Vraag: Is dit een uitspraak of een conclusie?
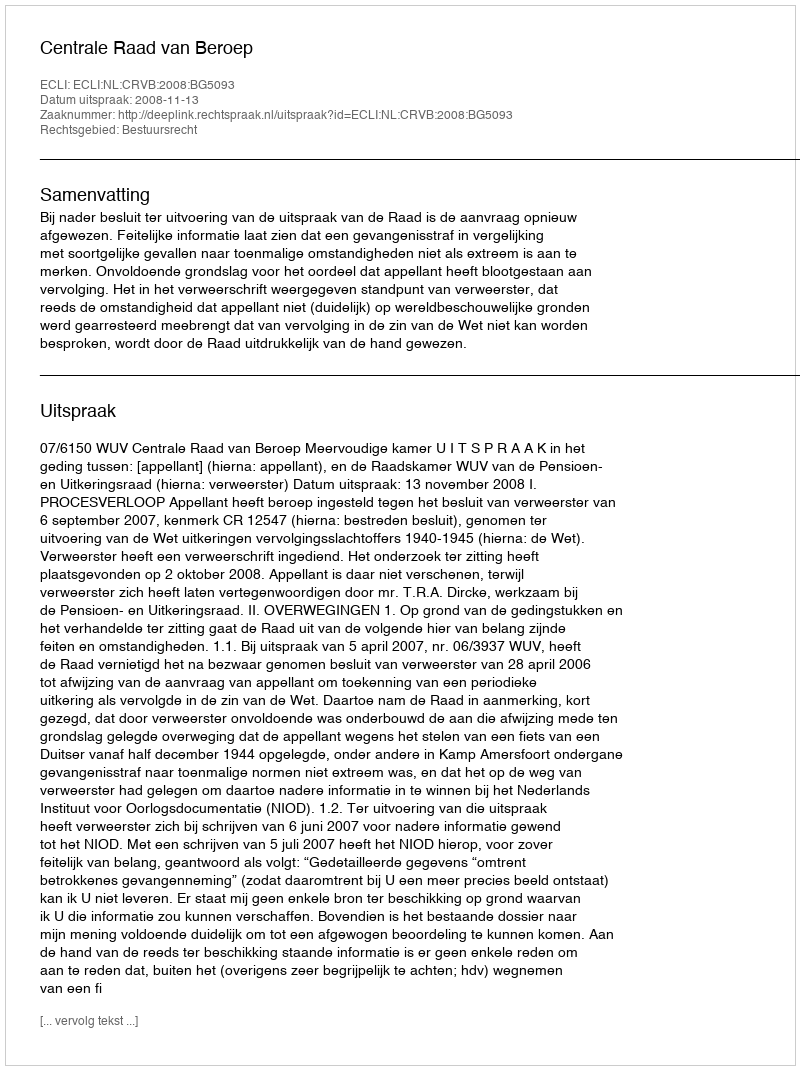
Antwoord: Uitspraak